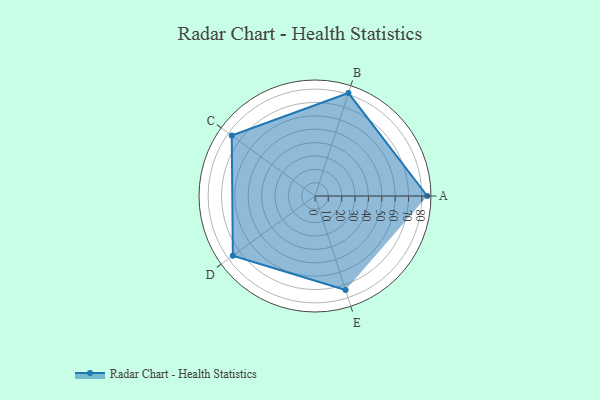
{"axis": {"x": "Skill", "y": "Score"}, "legend": ["Profile"], "data": [{"x": "A", "y": 84.0, "type": "Profile"}, {"x": "B", "y": 81.0, "type": "Profile"}, {"x": "C", "y": 77.0, "type": "Profile"}, {"x": "D", "y": 76.0, "type": "Profile"}, {"x": "E", "y": 74.0, "type": "Profile"}]}